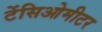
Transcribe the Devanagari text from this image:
टेंसिओमीटर